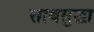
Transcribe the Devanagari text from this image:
साथसुद्धा